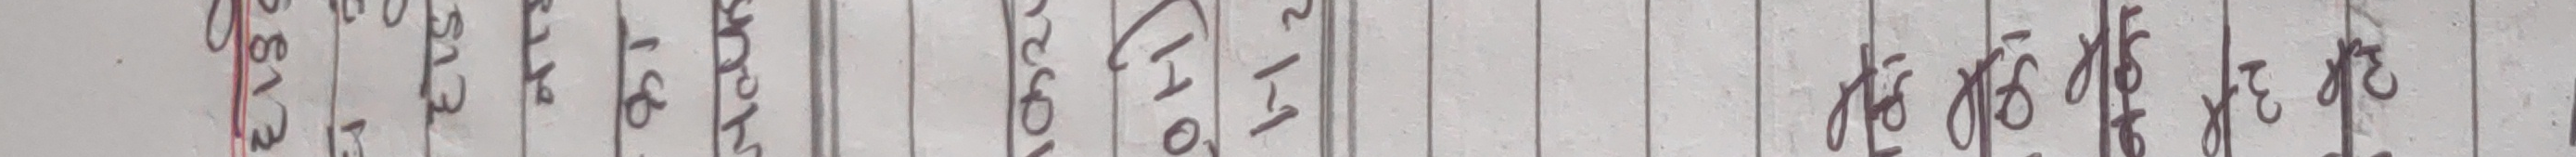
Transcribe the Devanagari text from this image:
2873 173 114 193 403 250 170 ११७ १७८ १७० ३० ४४० १५० ४५० ३६० १३० ११० ३०० ४५०